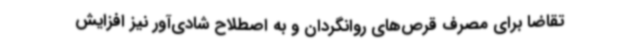
تقاضا برای مصرف قرص‌های روانگردان و به اصطلاح شادی‌آور نیز افزایش